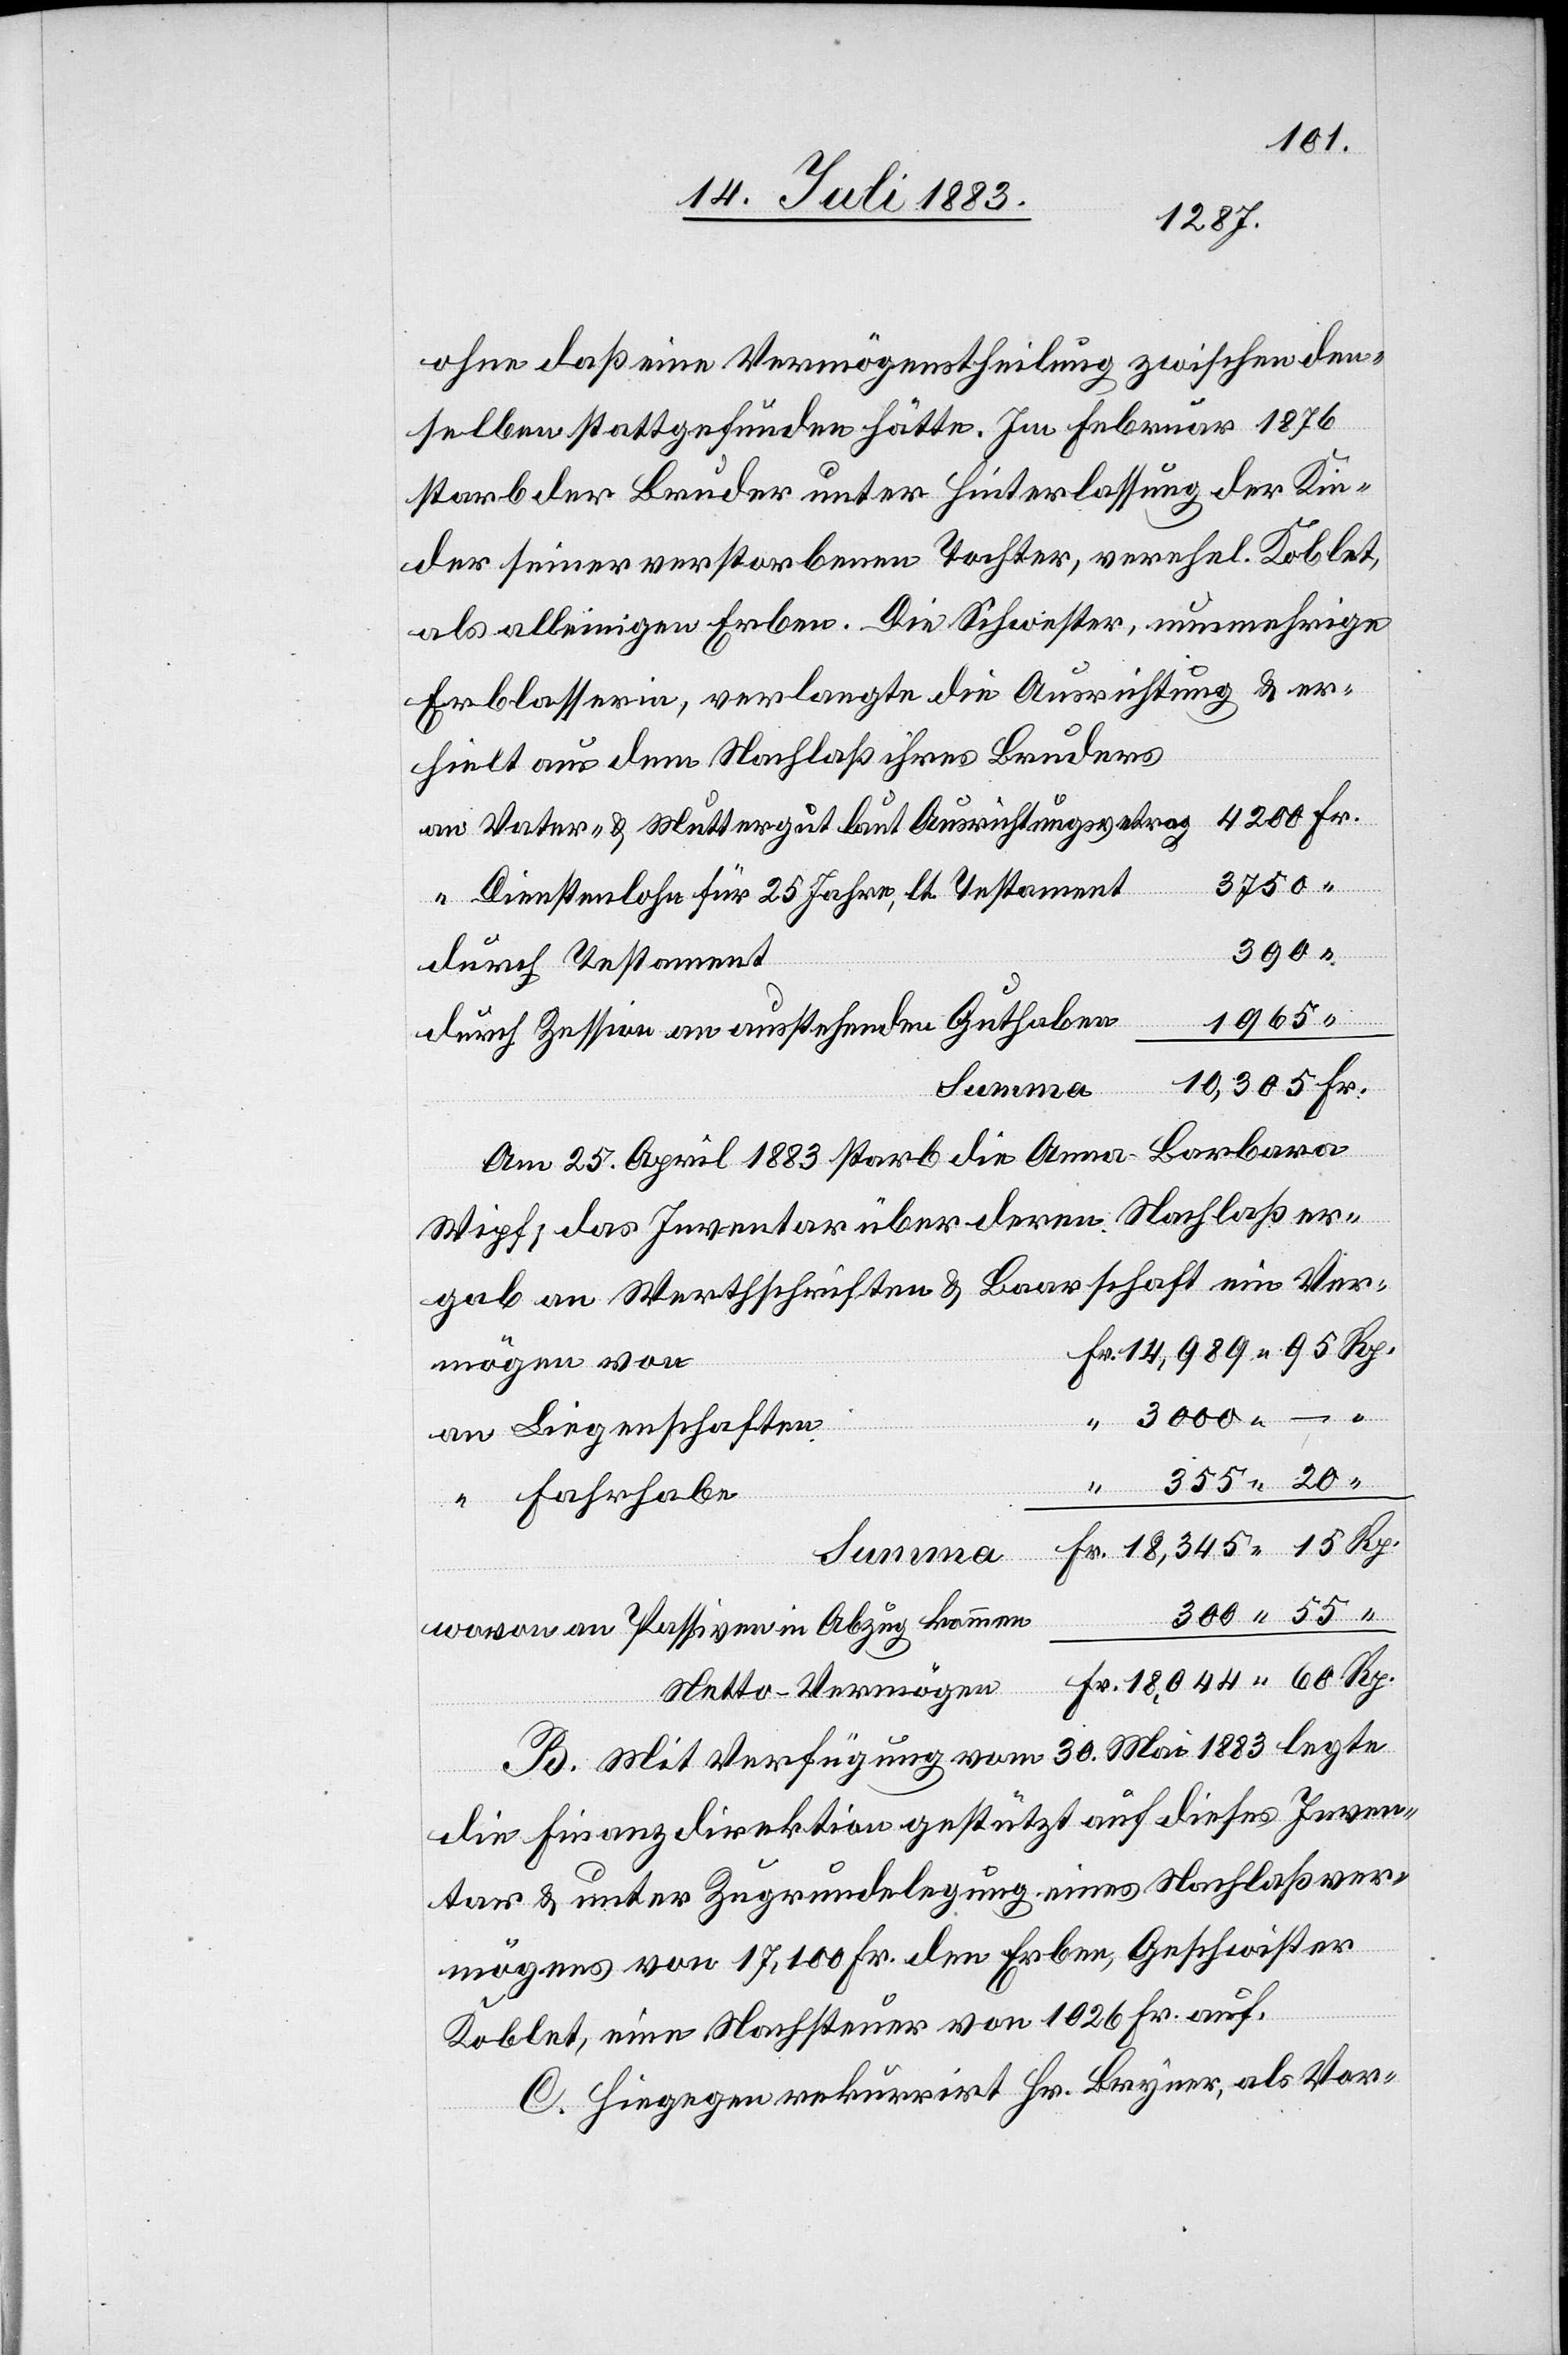
ohne daß eine Vermögenstheilung zwischen den¬
selben stattgefunden hätte. Im Februar 1876
starb der Bruder unter Hinterlassung der Kin¬
der seiner verstorbenen Tochter, verehl. Koblet,
als alleinigen Erben. Die Schwester, nunmehrige
Erblasserin, verlangte die Ausrichtung & er¬
hielt aus dem Nachlaß ihres Bruders
an Vater- & Muttergut laut Ausrichtungsvertrag
3750
“ Dienstenlohn für 25 Jahre, lt. Testament
390
durch Testament
1965
durch Zession an ausstehenden Guthaben
Am 25. April 1883 starb die Anna Barbara
Wipf; das Inventar über deren Nachlaß er¬
Vermögen von
an Liegenschaften
15
“ Fahrhabe
Summa
wovon an Passiven in Abzug kommen
Netto-Vermögen
B. Mit Verfügung vom 30. Mai 1883 legte
die Finanzdirektion gestützt auf dieses Inven¬
tar & unter Zugrundelegung eines Nachlaßver¬
mögens von 17,100 Fr. den Erben, Geschwister
Koblet, eine Nachsteuer von 1026 Fr. auf.
C. Hiegegen rekurrirt Hr. Bryner, als Vor-